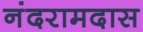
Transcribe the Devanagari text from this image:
नंदरामदास